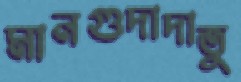
মানগুদাদাতু